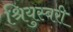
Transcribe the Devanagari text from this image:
श्रियुस्बरी